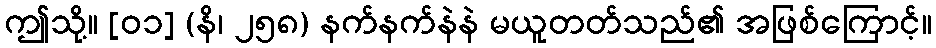
ဤသို့။ [၀၁] (နိ၊ ၂၅၈) နက်နက်နဲနဲ မယူတတ်သည်၏ အဖြစ်ကြောင့်။